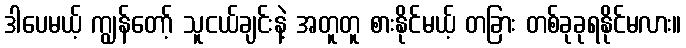
ဒါပေမယ့် ကျွန်တော့် သူငယ်ချင်းနဲ့ အတူတူ စားနိုင်မယ့် တခြား တစ်ခုခုရနိုင်မလား။